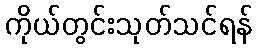
ကိုယ်တွင်းသုတ်သင်ရန်